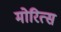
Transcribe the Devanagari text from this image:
मोरित्स